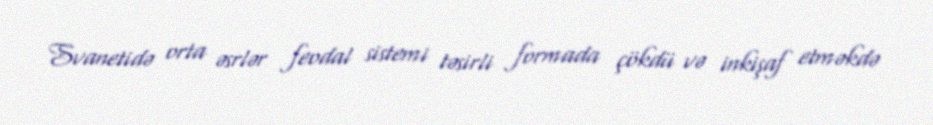
Svanetidə orta əsrlər feodal sistemi təsirli formada çökdü və inkişaf etməkdə